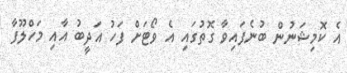
އެ ކޮމިޝަނުން ބުނެފައިވާ ގޮތުގައި އެ ވޯޓަށް ފަހު އަދީބު އާއި މަހްލޫފާ